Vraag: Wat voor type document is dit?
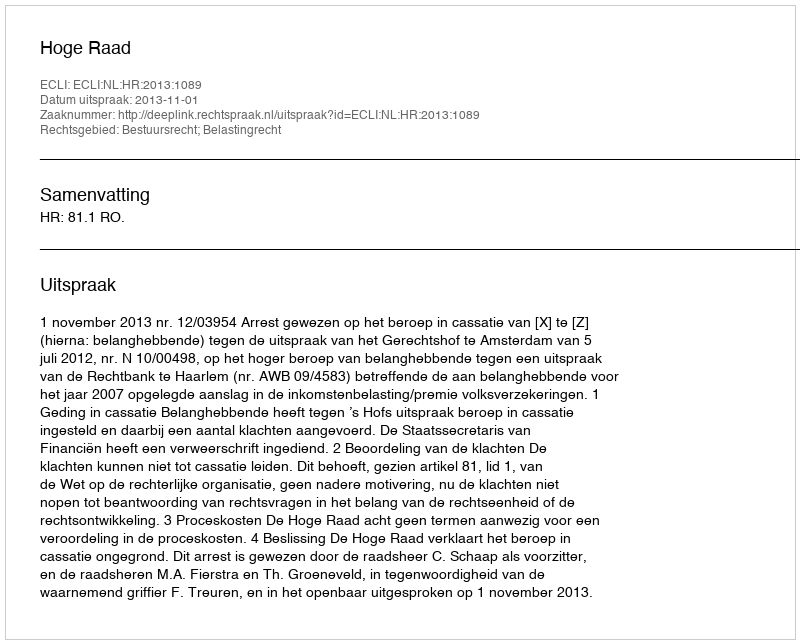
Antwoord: Uitspraak